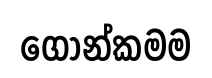
ගොන්කමම